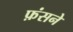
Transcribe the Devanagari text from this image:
फ़ंसने